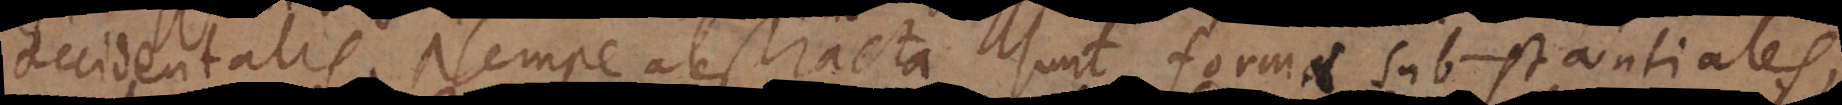
accidentalis. Nempe abstracta sunt formae substantiales,